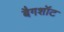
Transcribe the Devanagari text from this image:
बैगशॉट